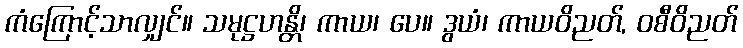
ကံကြောင့်သာလျှင်။ သမုဋ္ဌဟန္တိ၊ ကာယ၊ ပေ။ ဒွယံ၊ ကာယဝိညတ်, ဝစီဝိညတ်